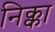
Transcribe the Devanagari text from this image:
निक्का